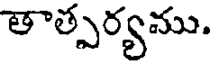
తాత్పర్యము.